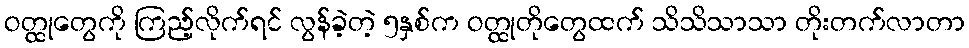
ဝတ္ထုတွေကို ကြည့်လိုက်ရင် လွန်ခဲ့တဲ့ ၅နှစ်က ဝတ္ထုတိုတွေထက် သိသိသာသာ တိုးတက်လာတာ